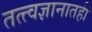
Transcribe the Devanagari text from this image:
तत्त्वज्ञानातही